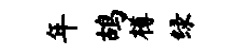
年鸪樽绿